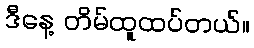
ဒီနေ့ တိမ်ထူထပ်တယ်။